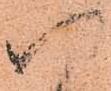
以